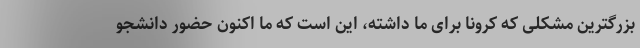
بزرگترین مشکلی که کرونا برای ما داشته، این است که ما اکنون حضور دانشجو